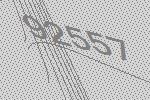
92557